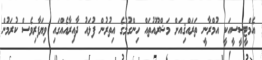
އެމްޓީސީސީއަކީ އުމްރާނީ ތަރައްޤިއަށް މަޝްރޫއުތައް ހިންގުމުގެ އިތުރުން ފުޅައު ދާއިރާއެއްގައި ވިޔަފާރިވެސް ކުރަމުން